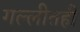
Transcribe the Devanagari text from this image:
गल्लीतही